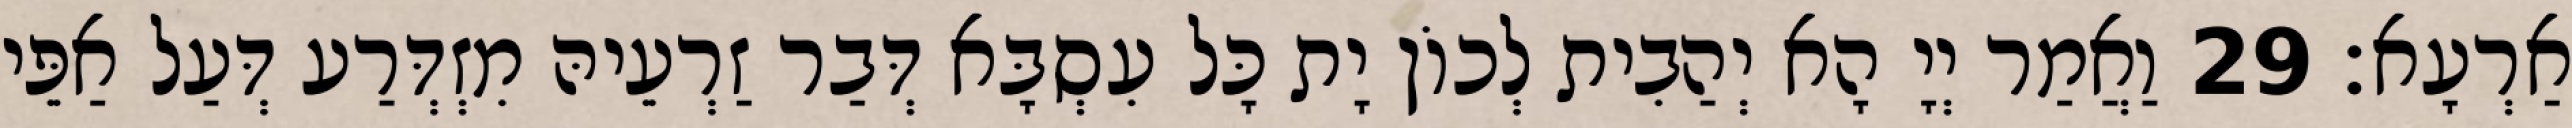
אַרְעָא׃ 29 וַאֲמַר יְיָ הָא יְהַבִית לְכוֹן יָת כָּל עִסְבָּא דְּבַר זַרְעֵיהּ מִזְדְּרַע דְּעַל אַפֵּי